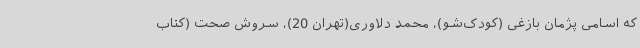
که اسامی پژمان بازغی (کودک‌شو)، محمد دلاوری(تهران 20)، سروش صحت (کتاب